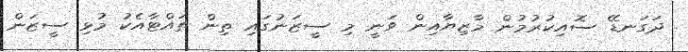
ދަގަނޑޭ ސޮއިކުރުމުން މާޒިޔާއިން ވަނީ މި ސީޒަނުގައި ތިން ތައްޓާއެކު މުޅި ސީޒަން